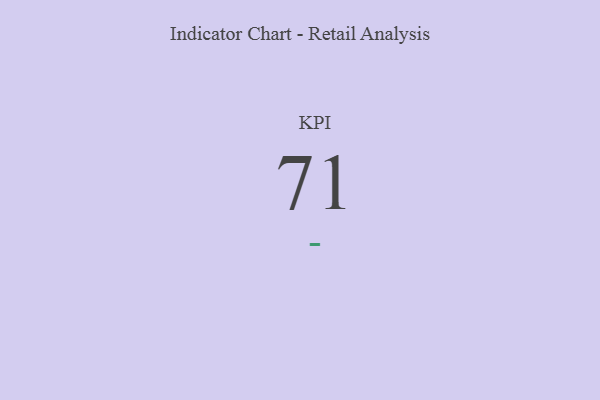
{"axis": {"x": "KPI", "y": "Value"}, "legend": [""], "data": [{"x": "KPI", "y": 71, "type": ""}]}